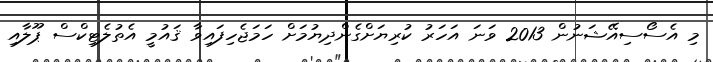
މި އެސޯސިއޭޝަނުން 2013 ވަނަ އަހަރު ކުރިޔަށްގެންދިޔުމަށް ހަމަޖެހިފައިވާ ޤައުމީ އެތުލެޓިކްސް ޕޫލާއި